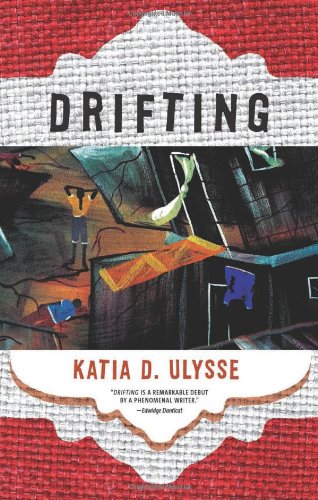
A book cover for Drifting; Katia D. Ulysse; Travel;